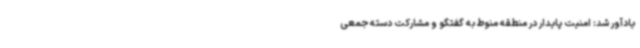
یادآور شد: امنیت پایدار در منطقه منوط به گفتگو و مشارکت دسته جمعی